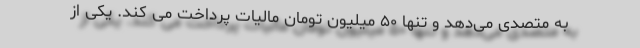
به متصدی می‌دهد و تنها ۵۰ میلیون تومان مالیات پرداخت می کند. یکی از